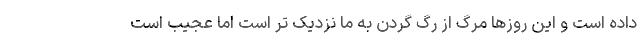
داده است و این روزها مرگ از رگ گردن به ما نزدیک تر است اما عجیب است